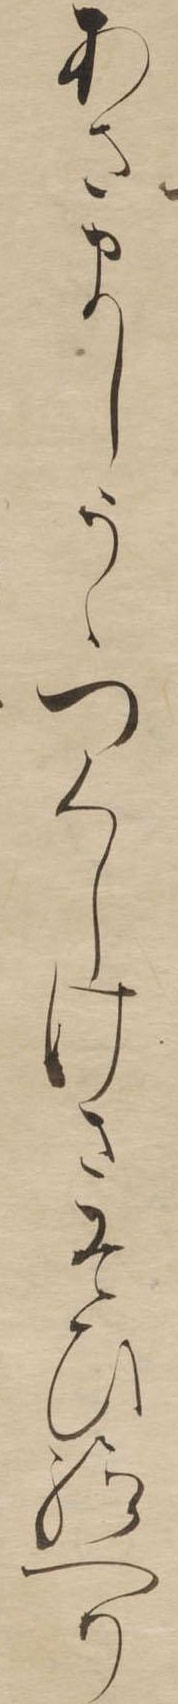
あさましうゝつくしけさそひ給へり